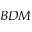
B D M